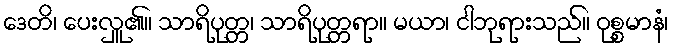
ဒေတိ၊ ပေးလှူ၏။ သာရိပုတ္တ၊ သာရိပုတ္တရာ။ မယာ၊ ငါဘုရားသည်။ ဝုစ္စမာနံ၊